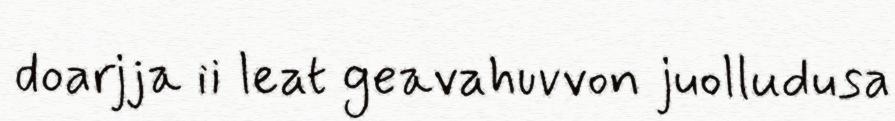
doarjja ii leat geavahuvvon juolludusa